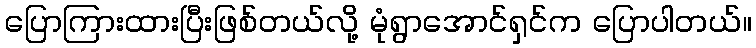
ပြောကြားထားပြီးဖြစ်တယ်လို့ မုံရွာအောင်ရှင်က ပြောပါတယ်။